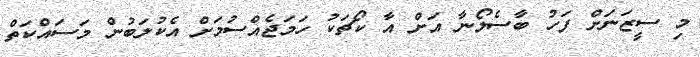
މި ސީޒަނަށް ފަހު ބާސެލޯނާ އަށް އާ ކޯޗަކު ހަމަޖެއްސުމަށް އެކުލަބުން މަސައްކަތް